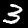
Digit: 3